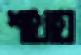
শাখায়